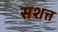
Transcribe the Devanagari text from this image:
सशत्त